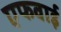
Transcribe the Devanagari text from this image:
एफवाई